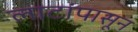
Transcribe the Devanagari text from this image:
लाटांपासून